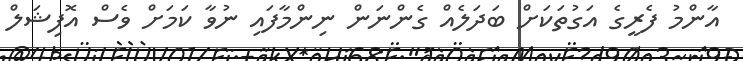
އާންމު ފެރީގެ އަގުތަކަށް ބަދަލެއް ގެންނަން ނިންމާފައި ނުވާ ކަމަށް ވެސް އޮފިޝަލް